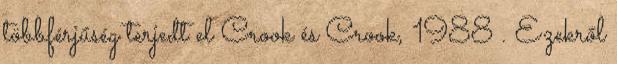
többférjűség terjedt el Crook és Crook, 1988 . Ezekről